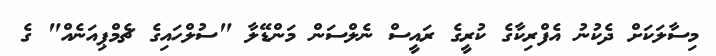
މިސާލަކަށް ދެކުނު އެފްރިކާގެ ކުރީގެ ރައީސް ނެލްސަން މަންޑޭލާ "ސުލްހައިގެ ޗެމްޕިއަނެއް" ގެ